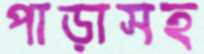
পাড়াসহ